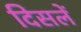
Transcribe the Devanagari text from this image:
दिसलें